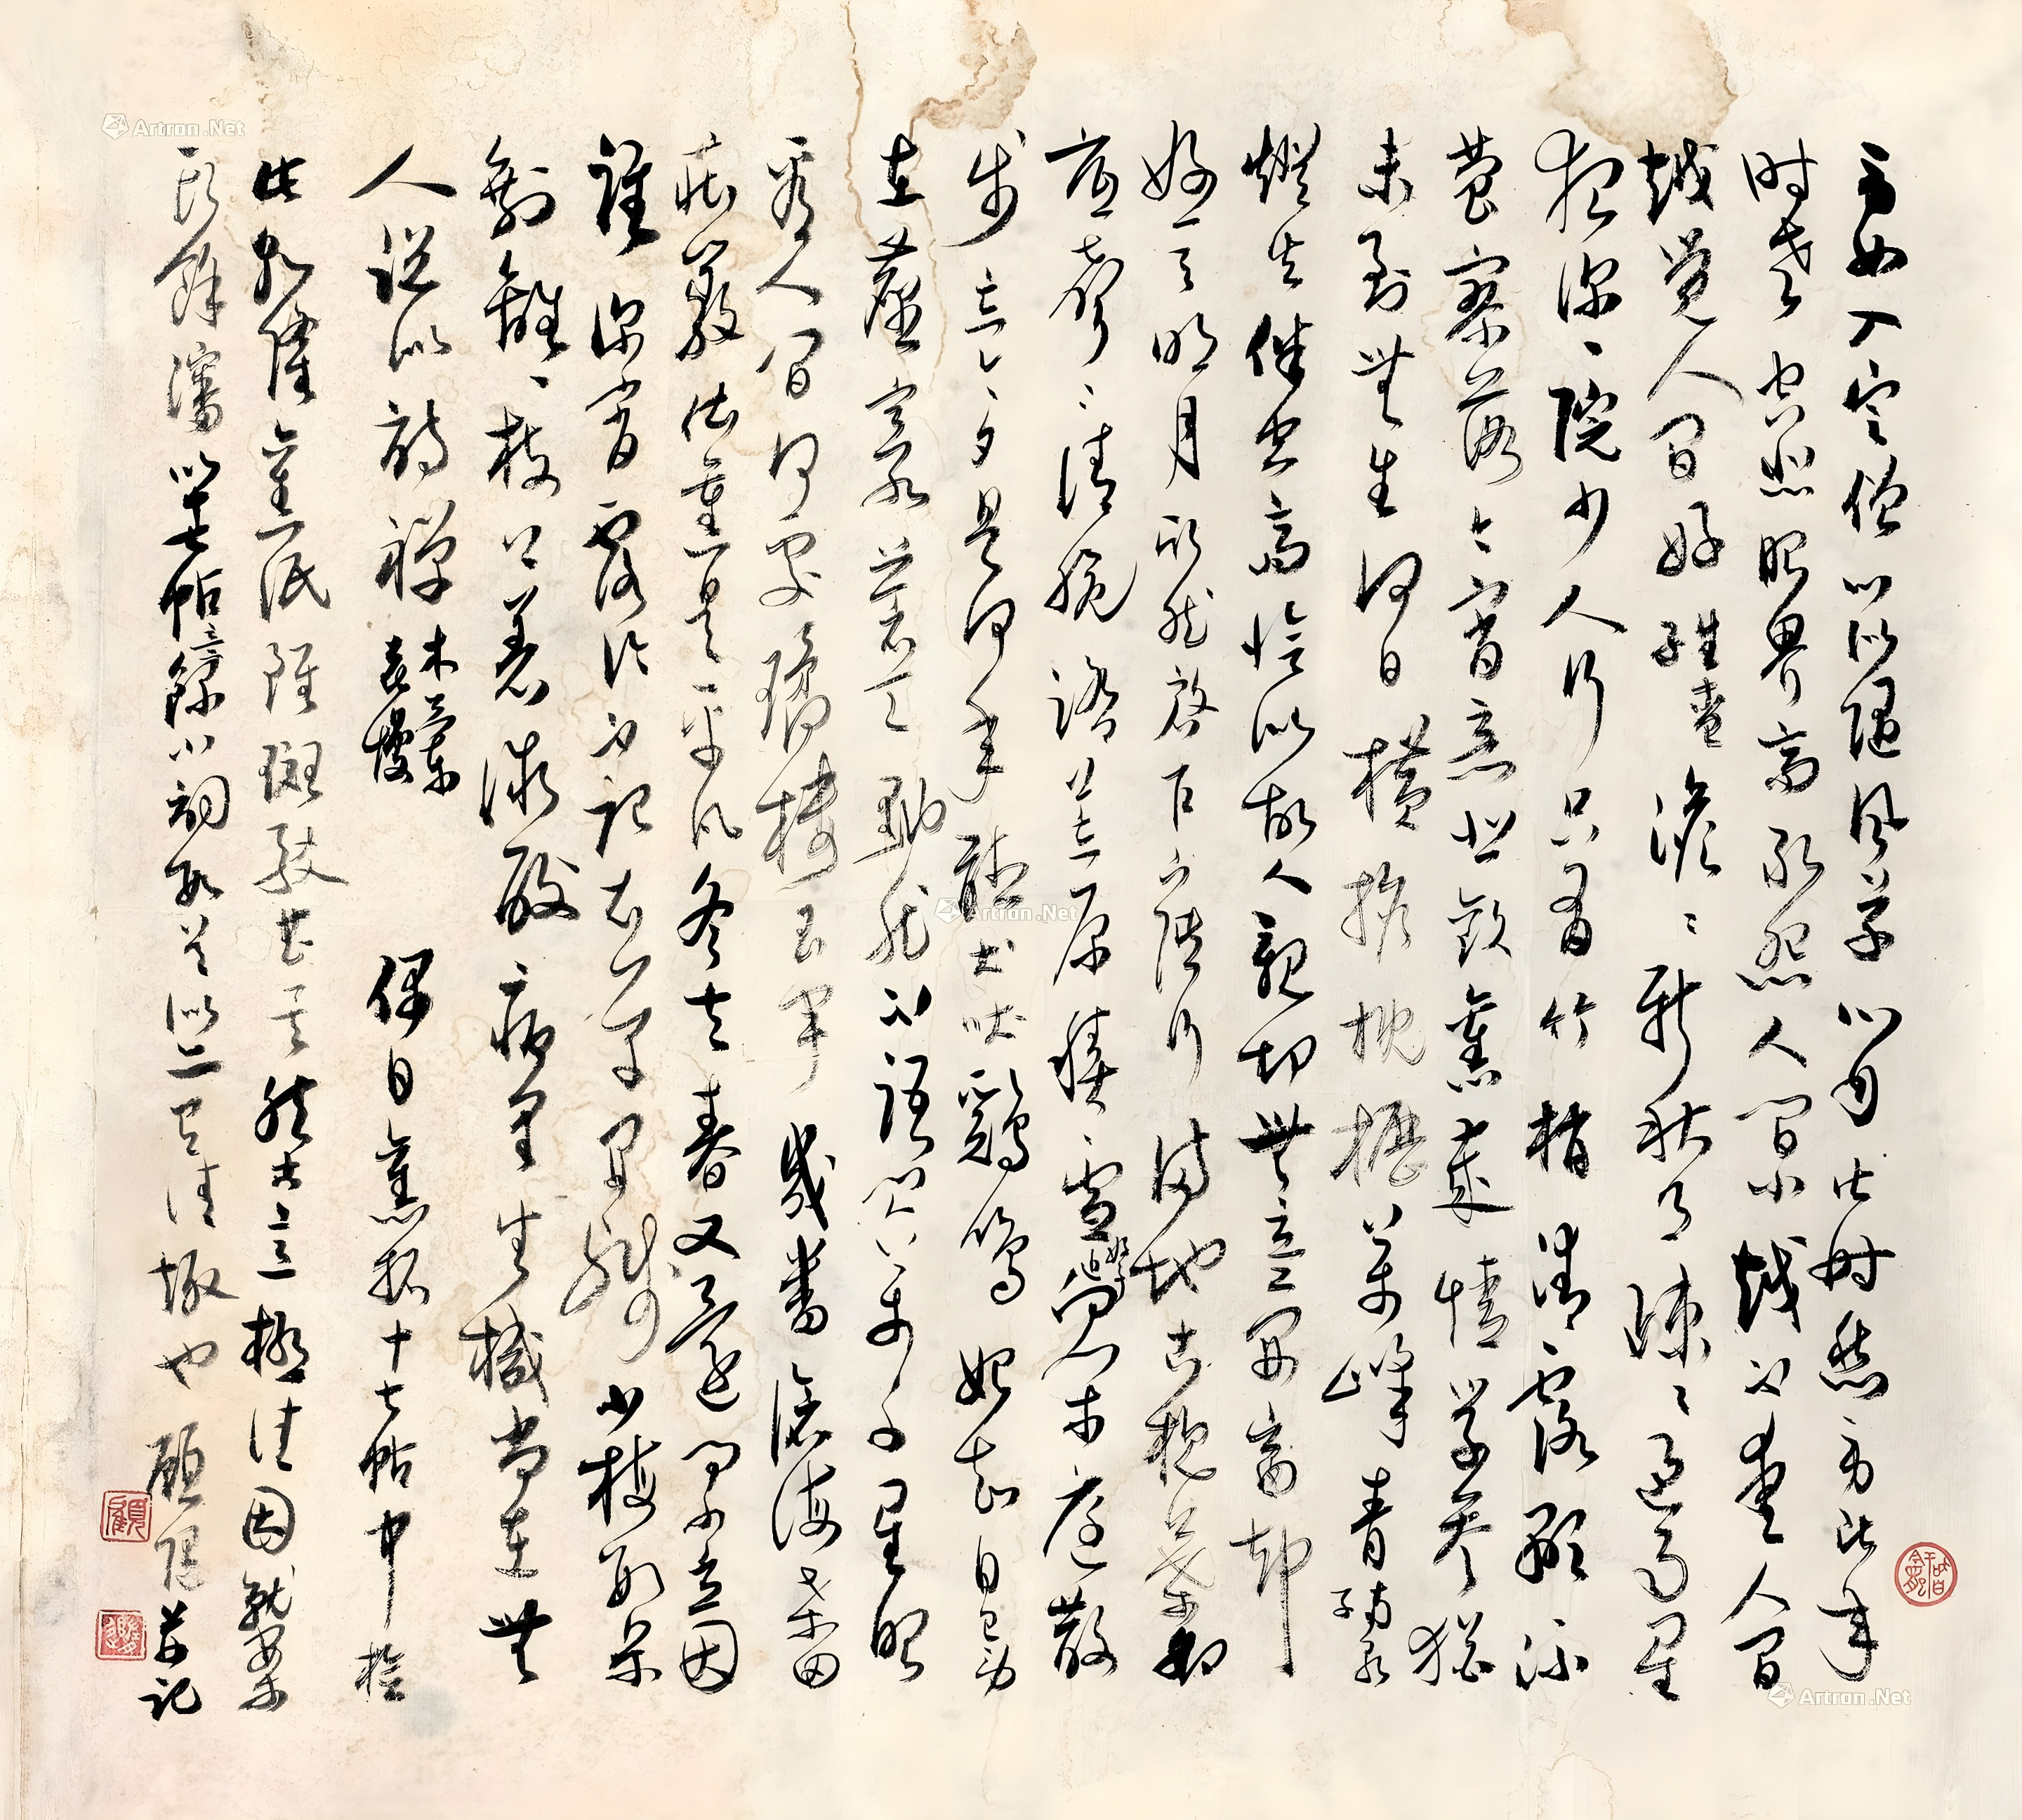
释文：身如入定僧，心似随风草。心自甚时愁，身比年时老。空悲眼界高，敢怨人间小。越不爱人间，越觉人间好。《生查子》。澹澹新秋月，疏疏过雨星。夜深深院少人行。只有竹梢清露湿流萤。寥落今宵意，悲欢旧岁情。学参犹未到无生。何日横担楖枥万峰青。《南歌子》。灯火伴空斋，恰似故人亲切。无意开窗却见，好一天明月。欣然启户下阶行，满地古槐叶。脚底声声清脆，踏荒原积雪。《好事近》。向闲庭散步，忘今夕，是何年。听犬吠鸡鸣，始知自己，身在尘寰。苍天。黝然不语，闪万千、星眼看人间。何处璚楼玉宇，几番沧海桑田。庄严。依旧是平凡。冬去又春还。问小立因谁，深宵露冷，不记衣单。开残。小梅数朵，剩离离、枝上着微酸。病里生机尚在，无人说似诗禅。《木兰花慢》。偶日旧拓十七帖中，捡此乾隆旧纸，虽斑驳甚矣，然古意极佳，因就案头余渖以十七帖意，录小词数首，似亦有清趣也。顾随并记。